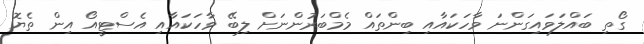
ގޯތި ބައްލަވައިގަންނަ ވާހަކައާއި ބިންތައް މެމްބަރުންނަށް ލިބޭ ވާހަކައާއި އެސްޓީއޯ އިން ތެޔޮ